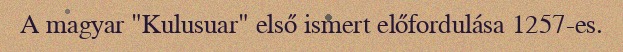
A magyar "Kulusuar" első ismert előfordulása 1257-es.